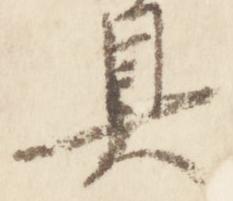
具